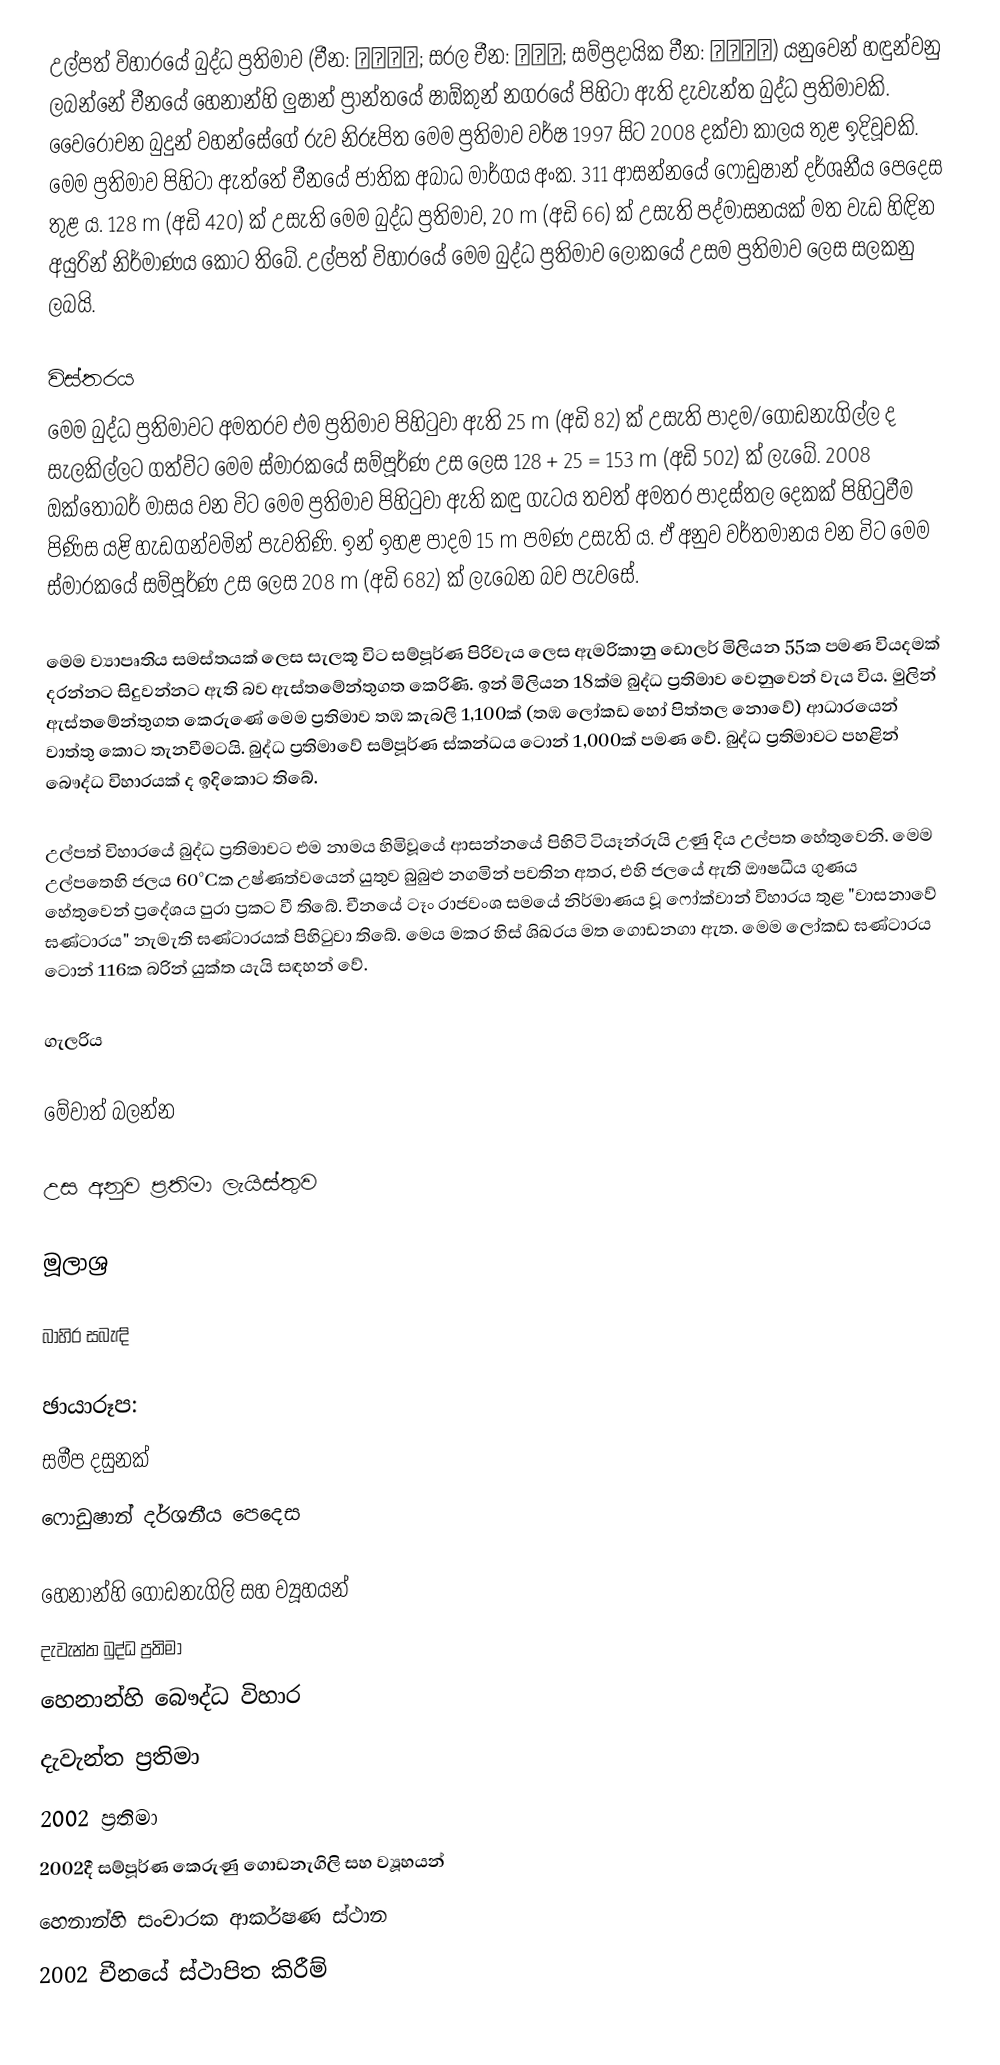
උල්පත් විහාරයේ බුද්ධ ප්‍රතිමාව (චීන: 中原大佛; සරල චීන: 山大佛; සම්ප්‍රදායික චීන: 魯山大佛) යනුවෙන් හඳුන්වනු ලබන්නේ චීනයේ හෙනාන්හි ලුෂාන් ප්‍රාන්තයේ ෂාඕකුන් නගරයේ පිහිටා ඇති දැවැන්ත බුද්ධ ප්‍රතිමාවකි. වෛරෝචන බුදුන් වහන්සේ‍ගේ රුව නිරූපිත මෙම ප්‍රතිමාව වර්ෂ 1997 සිට 2008 දක්වා කාලය තුළ ඉදිවූවකි. මෙම ප්‍රතිමාව පිහිටා ඇත්තේ චීනයේ ජාතික අබාධ මාර්ගය අංක. 311 ආසන්නයේ ෆොඩුෂාන් දර්ශනීය පෙදෙස තුළ ය. 128 m (අඩි 420) ක් උසැති මෙම බුද්ධ ප්‍රතිමාව, 20 m (අඩි 66) ක් උසැති පද්මාසනයක් මත වැඩ හිඳින අයුරින් නිර්මාණය කොට තිබේ. උල්පත් විහාරයේ මෙම බුද්ධ ප්‍රතිමාව ලොකයේ උසම ප්‍රතිමාව ලෙස සලකනු ලබයි.

විස්තරය
මෙම බුද්ධ ප්‍රතිමාවට අමතරව එම ප්‍රතිමාව පිහිටුවා ඇති 25 m (අඩි 82) ක් උසැති පාදම/ගොඩනැගිල්ල ද සැලකිල්ලට ගත්විට මෙම ස්මාරකයේ සම්පූර්ණ උස ලෙස 128 + 25 = 153 m (අඩි 502) ක් ලැබේ. 2008 ඔක්තෝබර් මාසය වන විට මෙම ප්‍රතිමාව පිහිටුවා ඇති කඳු ගැටය තවත් අමතර පාදස්තල දෙකක් පිහිටුවීම පිණිස යළි හැඩගන්වමින් පැවතිණි. ඉන් ඉහළ පාදම 15 m පමණ උසැති ය. ඒ අනුව වර්තමානය වන විට මෙම ස්මාරකයේ සම්පූර්ණ උස ලෙස 208 m (අඩි 682) ක් ලැබෙන බව පැවසේ.

මෙම ව්‍යාපෘතිය සමස්තයක් ලෙස සැලකූ විට සම්පූර්ණ පිරිවැය ලෙස ඇමරිකානු ඩොලර් මිලියන 55ක පමණ වියදමක් දරන්නට සිදුවන්නට ඇති බව ඇස්තමේන්තුගත කෙරිණි. ඉන් මිලියන 18ක්ම බුද්ධ ප්‍රතිමා‍ව වෙනුවෙන් වැය විය. මුලින් ඇස්තමේන්තුගත කෙරුණේ මෙම ප්‍රතිමාව තඹ කැබලි 1,100ක් (තඹ ලෝකඩ හෝ පිත්තල නොවේ) ආධාරයෙන් වාත්තු කොට තැනවීමටයි. බුද්ධ ප්‍රතිමාවේ සම්පූර්ණ ස්කන්ධය ටොන් 1,000ක් පමණ වේ. බුද්ධ ප්‍රතිමාවට පහළින් බෞද්ධ විහාරයක් ද ඉදිකොට තිබේ.

උල්පත් විහාරයේ බුද්ධ ප්‍රතිමාවට එම නාමය හිමිවූයේ ආසන්නයේ පිහිටි ටියෑන්රුයි උණු දිය උල්පත හේතුවෙනි. මෙම උල්පතෙහි ජලය 60°Cක උෂ්ණත්වයෙන් යුතුව බුබුළු නගමින් පවතින අතර, එහි ජලයේ ඇති ඖෂධීය ගුණය හේතුවෙන් ප්‍රදේශය පුරා ප්‍රකට වී තිබේ. චීනයේ ටෑං රාජවංශ සමයේ නිර්මාණය වූ ෆෝක්වාන් විහාරය තුළ "වාසනාවේ ඝණ්ටාරය" නැමැති ඝණ්ටාරයක් පිහිටුවා තිබේ. මෙය මකර හිස් ශිඛරය මත ගොඩනගා ඇත. මෙම ලෝකඩ ඝණ්ටාරය ටොන් 116ක බරින් යුක්ත යැයි සඳහන් වේ.

ගැලරිය

මේවාත් බලන්න

 උස අනුව ප්‍රතිමා ලැයිස්තුව

මූලාශ්‍ර

බාහිර සබැඳි

ඡායාරූප:
සමීප දසුනක්
ෆොඩුෂාන් දර්ශනීය පෙදෙස

හෙනාන්හි ගොඩනැගිලි සහ ව්‍යූහයන්
දැවැන්ත බුද්ධ ප්‍රතිමා
හෙනාන්හි බෞද්ධ විහාර
දැවැන්ත ප්‍රතිමා
2002 ප්‍රතිමා
2002දී සම්පූර්ණ කෙරුණු ගොඩනැගිලි සහ ව්‍යූහයන්
හෙනාන්හි සංචාරක ආකර්ෂණ ස්ථාන
2002 චීනයේ ස්ථාපිත කිරීම්